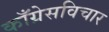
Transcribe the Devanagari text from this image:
काँग्रेसविचार